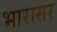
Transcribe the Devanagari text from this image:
भारासर